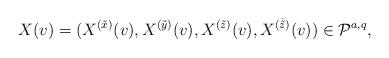
LaTeX: \begin{align*}X(v)=(X^{(\tilde{x})}(v),X^{(\tilde{y})}(v),X^{(\tilde{z})}(v),X^{(\bar{{\tilde z}})}(v))\in \mathcal{P}^{a,q},\end{align*}